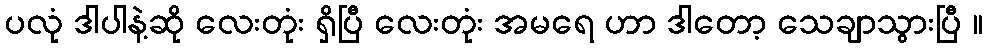
ပလုံ ဒါပါနဲ့ဆို လေးတုံး ရှိပြီ လေးတုံး အမရေ ဟာ ဒါတော့ သေချာသွားပြီ ။